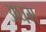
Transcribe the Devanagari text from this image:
अघम्